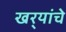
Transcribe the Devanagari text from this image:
खर्‍यांचे